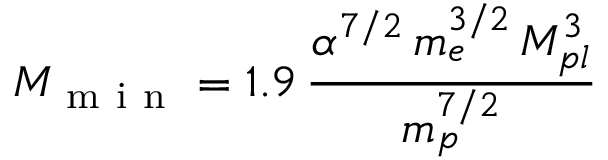
M _ { \mathrm { ~ m ~ i ~ n ~ } } = 1 . 9 \, \frac { \alpha ^ { 7 / 2 } \, m _ { e } ^ { 3 / 2 } \, M _ { p l } ^ { 3 } } { m _ { p } ^ { 7 / 2 } }